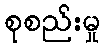
စုစည်းမှု